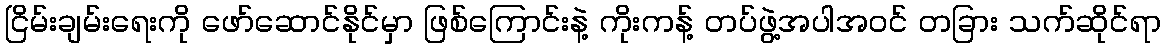
ငြိမ်းချမ်းရေးကို ဖော်ဆောင်နိုင်မှာ ဖြစ်ကြောင်းနဲ့ ကိုးကန့် တပ်ဖွဲ့အပါအဝင် တခြား သက်ဆိုင်ရာ